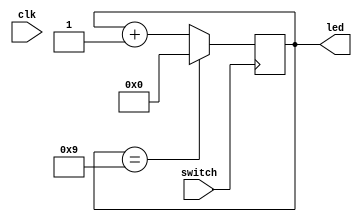
module chattering(clk, switch, led);
	input clk, switch;
	output [3:0] led;
	reg [3:0] ff;
	reg [15:0] cnt;
	reg swreg;
	wire c_clk, sw_out;
	
	//16bit Counter
	always @(posedge clk) begin
		cnt=cnt+1;
	end
	
	assign c_clk=cnt[15];
	
	//switch latch
	always @(posedge c_clk) begin
		swreg=switch;
	end
	assign sw_out=swreg;
	
	always @(posedge switch) begin
		if(ff==4'h9)
			ff=4'h0;
		else
			ff=ff+1;
			
	end
	
	assign led=ff;
endmodule